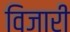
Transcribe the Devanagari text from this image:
विजारी